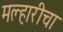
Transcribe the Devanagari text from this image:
मल्हारीचा